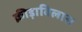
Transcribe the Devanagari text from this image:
क्रीड़ाविलास